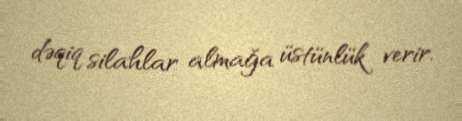
dəqiq silahlar almağa üstünlük verir.